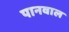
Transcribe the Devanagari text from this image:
पानवाल